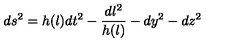
d s ^ { 2 } = h ( l ) d t ^ { 2 } - \frac { d l ^ { 2 } } { h ( l ) } - d y ^ { 2 } - d z ^ { 2 }